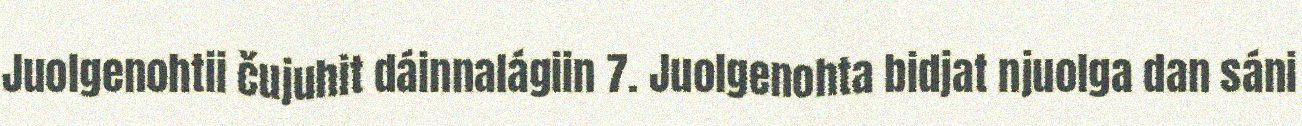
Juolgenohtii čujuhit dáinnalágiin 7. Juolgenohta bidjat njuolga dan sáni